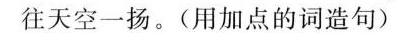
往天空一扬。(用加点的词造句)